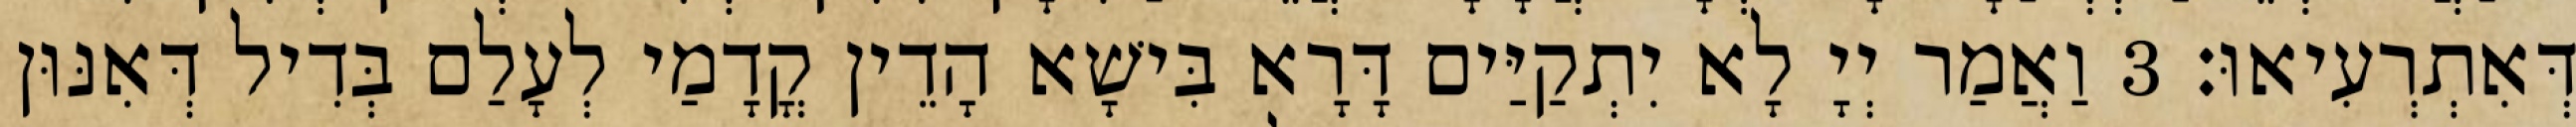
דְּאִתְרְעִיאוּ׃ 3 וַאֲמַר יְיָ לָא יִתְקַיַּים דָּרָא בִּישָׁא הָדֵין קֳדָמַי לְעָלַם בְּדִיל דְּאִנּוּן